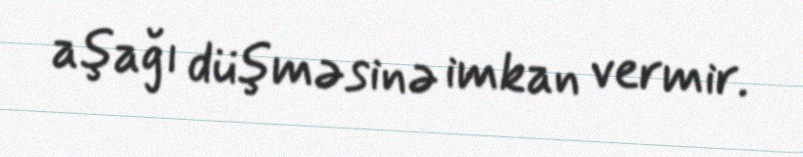
aşağı düşməsinə imkan vermir.